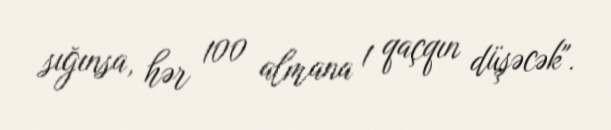
sığınsa, hər 100 almana 1 qaçqın düşəcək".